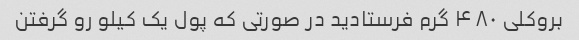
بروکلی ۴۸۰ گرم فرستادید در صورتی که پول یک کیلو رو گرفتن